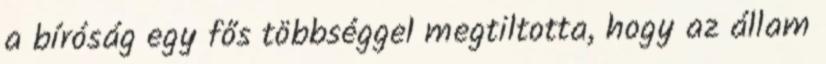
a bíróság egy fős többséggel megtiltotta, hogy az állam